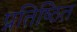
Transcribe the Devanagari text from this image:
प्रतिष्‍िठत